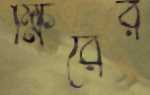
ক্ষিরের